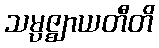
သမ္ပဇ္ဈာယတီတိ